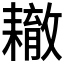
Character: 𦔞